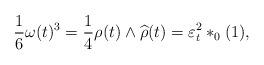
LaTeX: \begin{align*} \frac{1}{6}\omega(t)^3=\frac{1}{4}\rho(t) \wedge\widehat \rho(t)=\varepsilon^2_t*_0(1), \end{align*}